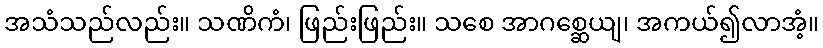
အသံသည်လည်း။ သဏိကံ၊ ဖြည်းဖြည်း။ သစေ အာဂစ္ဆေယျ၊ အကယ်၍လာအံ့။